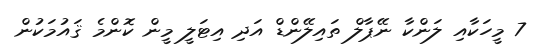
7 މީހަކާއި ލަންކާ ނޭޕާލް ތައިލޭންޑް އަދި އިޓަލީ މީން ކޮންމެ ޤައުމަކުން